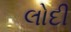
લોદી